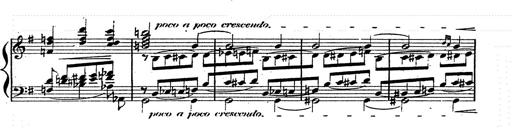
Title: Franz Schuberts geistliche Lieder
Composer: Franz Liszt